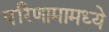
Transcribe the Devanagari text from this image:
परिणामामध्ये